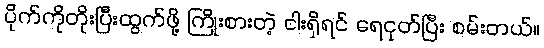
ပိုက်ကိုတိုးပြီးထွက်ဖို့ ကြိုးစားတဲ့ ငါးရှိရင် ရေငုတ်ပြီး စမ်းတယ်။